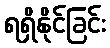
ရရှိနိုင်ခြင်း